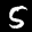
Label: 5